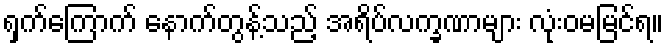
ရှက်ကြောက် နောက်တွန့်သည့် အရိပ်လက္ခဏာများ လုံးဝမမြင်ရ။